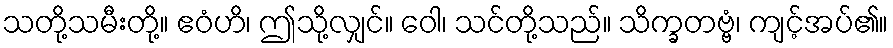
သတို့သမီးတို့။ ဧဝံဟိ၊ ဤသို့လျှင်။ ဝေါ၊ သင်တို့သည်။ သိက္ခတဗ္ဗံ၊ ကျင့်အပ်၏။